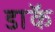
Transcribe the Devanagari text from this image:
डाॅक